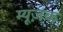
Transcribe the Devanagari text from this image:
म्यूज़क